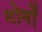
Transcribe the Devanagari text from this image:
गोर्गों